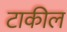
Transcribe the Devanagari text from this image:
टाकील